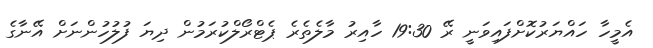
އެމީހާ ހައްޔަރުކޮށްފައިވަނީ ރޭ 19:30 ހާއިރު މާލެތެރެ ޕެޓްރޯލްކުރަމުން ދިޔަ ފުލުހުންނަށް އޭނާގެ